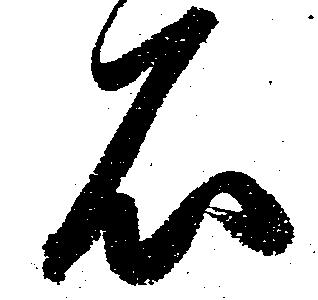
石